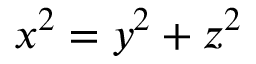
x ^ { 2 } = y ^ { 2 } + z ^ { 2 }